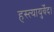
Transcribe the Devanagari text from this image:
हस्त्यायुर्वेद।